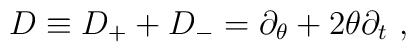
D \equiv  D_+ + D_- = \partial_{\theta} + 2 \theta \partial_{t}\ ,